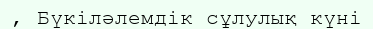
, Бүкіләлемдік сұлулық күні